Annual report on the working of the Harcourt Butler Institute of Public Health, Rangoon
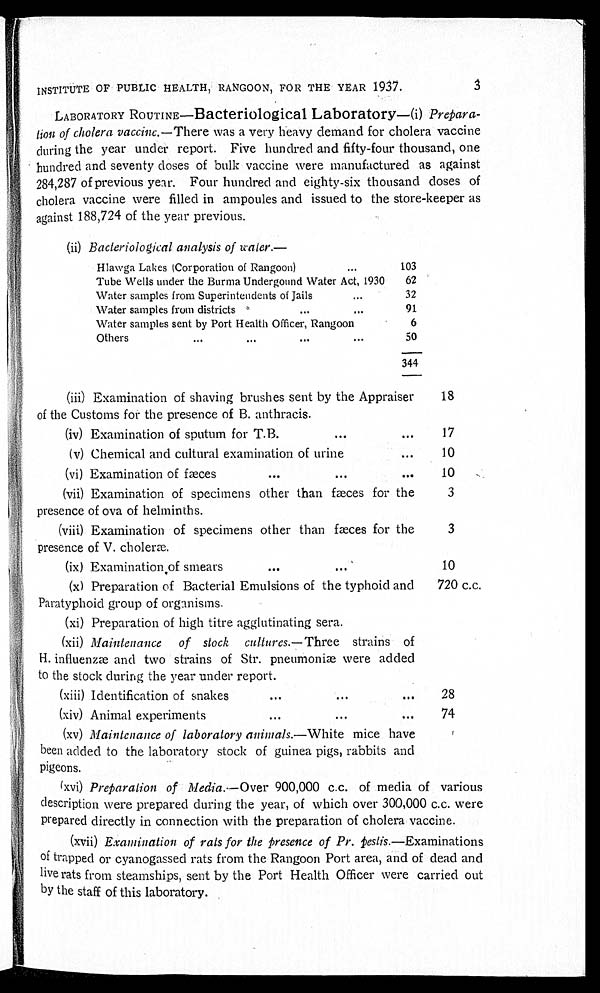
3
INSTITUTE OF PUBLIC HEALTH, RANGOON, FOR THE YEAR 1937.
LABORATORY ROUTINE—Bacteriological Laboratory—(i) Prepara-
tion of cholera vaccine.—There was a very heavy demand for cholera vaccine
during the year under report. Five hundred and fifty-four thousand, one
hundred and seventy doses of bulk vaccine were manufactured as against
284,287 of previous year. Four hundred and eighty-six thousand doses of
cholera vaccine were filled in ampoules and issued to the store-keeper as
against 188,724 of the year previous.
(ii) Bacteriological analysis of water.—
Hlawga Lakes (Corporation of Rangoon) . . .
103
Tube Wells under the Burma Undergound Water Act, 1930 62
Water samples from Superintendents of Jails . . .
32
Water samples from districts . . .
91
Water samples sent by Port Health Officer, Rangoon
6
Others . . .
50
344
(iii) Examination of shaving brushes sent by the Appraiser
of the Customs for the presence of B. anthracis.
18
(iv) Examination of sputum for T.B. . .
17
(v) Chemical and cultural examination of urine . . .
10
(vi) Examination of fæces . . .
10
(vii) Examination of specimens other than fæces for the
presence of ova of helminths.
3
(viii) Examination of specimens other than fæces for the
presence of V. choleræ.
3
(ix) Examination of smears . . .
10
(x) Preparation of Bacterial Emulsions of the typhoid and
Paratyphoid group of organisms.
720 c.c.
(xi) Preparation of high titre agglutinating sera.
(xii) Maintenance of stock cultures.— Three strains of
H. influenzæ and two strains of Str. pneumoniæ were added
to the stock during the year under report.
(xiii) Identification of snakes . . .
28
(xiv) Animal experiments . . .
74
(xv) Maintenance of laboratory animals.— White mice have
been added to the laboratory stock of guinea pigs, rabbits and
pigeons.
(xvi) Preparation of Media.—Over 900,000 c.c. of media of various
description were prepared during the year, of which over 300,000 c.c. were
p r e p a r e d d i r e c t l y i n c o n n e c t i o n w i t h t h e p r e p a r a t i o n o f c h o l e r a v a c c i n e .
(xvii) Examination of rats for the presence of Pr. pestis .—Examinations
of trapped or cyanogassed rats from the Rangoon Port area, and of dead and
live rats from steamships, sent by the Port Health Officer were carried out
by the staff of this laboratory.